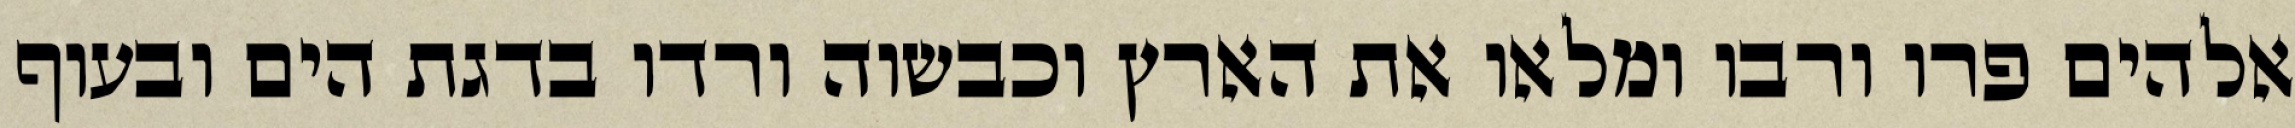
אלהים פרו ורבו ומלאו את הארץ וכבשוה ורדו בדגת הים ובעוף